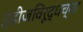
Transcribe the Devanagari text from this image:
इंडीजविरूद्धच्या